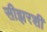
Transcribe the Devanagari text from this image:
सीझरशी